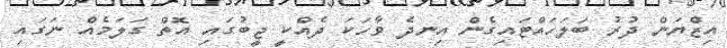
އިޒްޔަން ދުރު ބަލަހައްޓައިގެން އިނދެ ވާހަކަ ދެއްކީ ޖީބުގައި އޮތް ގަލަމެއް ނަގައި